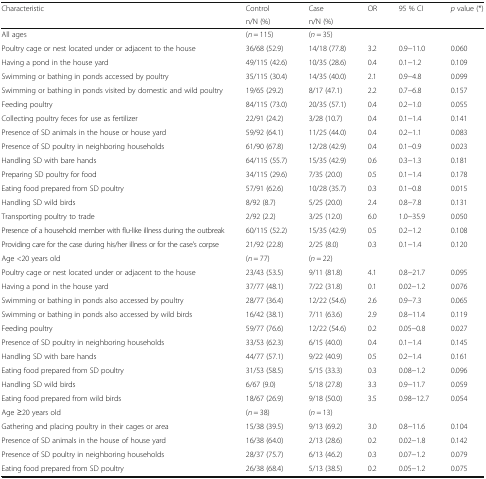
<table><thead><tr><td rowspan="2"><b>Characteristic</b></td><td><b>Control</b></td><td><b>Case</b></td><td rowspan="2"><b>OR</b></td><td rowspan="2"><b>95 % CI</b></td><td rowspan="2"><b><i>p</i> value (*)</b></td></tr><tr><td><b>n/N (%)</b></td><td><b>n/N (%)</b></td></tr></thead><tbody><tr><td>All ages</td><td>(<i>n</i> = 115)</td><td>(<i>n</i> = 35)</td><td></td><td></td><td></td></tr><tr><td>Poultry cage or nest located under or adjacent to the house</td><td>36/68 (52.9)</td><td>14/18 (77.8)</td><td>3.2</td><td>0.9−11.0</td><td>0.060</td></tr><tr><td>Having a pond in the house yard</td><td>49/115 (42.6)</td><td>10/35 (28.6)</td><td>0.4</td><td>0.1−1.2</td><td>0.109</td></tr><tr><td>Swimming or bathing in ponds accessed by poultry</td><td>35/115 (30.4)</td><td>14/35 (40.0)</td><td>2.1</td><td>0.9−4.8</td><td>0.099</td></tr><tr><td>Swimming or bathing in ponds visited by domestic and wild poultry</td><td>19/65 (29.2)</td><td>8/17 (47.1)</td><td>2.2</td><td>0.7−6.8</td><td>0.157</td></tr><tr><td>Feeding poultry</td><td>84/115 (73.0)</td><td>20/35 (57.1)</td><td>0.4</td><td>0.2−1.0</td><td>0.055</td></tr><tr><td>Collecting poultry feces for use as fertilizer</td><td>22/91 (24.2)</td><td>3/28 (10.7)</td><td>0.4</td><td>0.1−1.4</td><td>0.141</td></tr><tr><td>Presence of SD animals in the house or house yard</td><td>59/92 (64.1)</td><td>11/25 (44.0)</td><td>0.4</td><td>0.2−1.1</td><td>0.083</td></tr><tr><td>Presence of SD poultry in neighboring households</td><td>61/90 (67.8)</td><td>12/28 (42.9)</td><td>0.4</td><td>0.1−0.9</td><td>0.023</td></tr><tr><td>Handling SD with bare hands</td><td>64/115 (55.7)</td><td>15/35 (42.9)</td><td>0.6</td><td>0.3−1.3</td><td>0.181</td></tr><tr><td>Preparing SD poultry for food</td><td>34/115 (29.6)</td><td>7/35 (20.0)</td><td>0.5</td><td>0.1−1.4</td><td>0.178</td></tr><tr><td>Eating food prepared from SD poultry</td><td>57/91 (62.6)</td><td>10/28 (35.7)</td><td>0.3</td><td>0.1−0.8</td><td>0.015</td></tr><tr><td>Handling SD wild birds</td><td>8/92 (8.7)</td><td>5/25 (20.0)</td><td>2.4</td><td>0.8−7.8</td><td>0.131</td></tr><tr><td>Transporting poultry to trade</td><td>2/92 (2.2)</td><td>3/25 (12.0)</td><td>6.0</td><td>1.0−35.9</td><td>0.050</td></tr><tr><td>Presence of a household member with flu-like illness during the outbreak</td><td>60/115 (52.2)</td><td>15/35 (42.9)</td><td>0.5</td><td>0.2−1.2</td><td>0.108</td></tr><tr><td>Providing care for the case during his/her illness or for the case&#x27;s corpse</td><td>21/92 (22.8)</td><td>2/25 (8.0)</td><td>0.3</td><td>0.1−1.4</td><td>0.120</td></tr><tr><td>Age &lt;20 years old</td><td>(<i>n</i> = 77)</td><td>(<i>n</i> = 22)</td><td></td><td></td><td></td></tr><tr><td>Poultry cage or nest located under or adjacent to the house</td><td>23/43 (53.5)</td><td>9/11 (81.8)</td><td>4.1</td><td>0.8−21.7</td><td>0.095</td></tr><tr><td>Having a pond in the house yard</td><td>37/77 (48.1)</td><td>7/22 (31.8)</td><td>0.1</td><td>0.02−1.2</td><td>0.076</td></tr><tr><td>Swimming or bathing in ponds also accessed by poultry</td><td>28/77 (36.4)</td><td>12/22 (54.6)</td><td>2.6</td><td>0.9−7.3</td><td>0.065</td></tr><tr><td>Swimming or bathing in ponds also accessed by wild birds</td><td>16/42 (38.1)</td><td>7/11 (63.6)</td><td>2.9</td><td>0.8−11.4</td><td>0.119</td></tr><tr><td>Feeding poultry</td><td>59/77 (76.6)</td><td>12/22 (54.6)</td><td>0.2</td><td>0.05−0.8</td><td>0.027</td></tr><tr><td>Presence of SD poultry in neighboring households</td><td>33/53 (62.3)</td><td>6/15 (40.0)</td><td>0.4</td><td>0.1−1.4</td><td>0.145</td></tr><tr><td>Handling SD with bare hands</td><td>44/77 (57.1)</td><td>9/22 (40.9)</td><td>0.5</td><td>0.2−1.4</td><td>0.161</td></tr><tr><td>Eating food prepared from SD poultry</td><td>31/53 (58.5)</td><td>5/15 (33.3)</td><td>0.3</td><td>0.08−1.2</td><td>0.096</td></tr><tr><td>Handling SD wild birds</td><td>6/67 (9.0)</td><td>5/18 (27.8)</td><td>3.3</td><td>0.9−11.7</td><td>0.059</td></tr><tr><td>Eating food prepared from wild birds</td><td>18/67 (26.9)</td><td>9/18 (50.0)</td><td>3.5</td><td>0.98−12.7</td><td>0.054</td></tr><tr><td>Age ≥20 years old</td><td>(<i>n</i> = 38)</td><td>(<i>n</i> = 13)</td><td></td><td></td><td></td></tr><tr><td>Gathering and placing poultry in their cages or area</td><td>15/38 (39.5)</td><td>9/13 (69.2)</td><td>3.0</td><td>0.8−11.6</td><td>0.104</td></tr><tr><td>Presence of SD animals in the house of house yard</td><td>16/38 (64.0)</td><td>2/13 (28.6)</td><td>0.2</td><td>0.02−1.8</td><td>0.142</td></tr><tr><td>Presence of SD poultry in neighboring households</td><td>28/37 (75.7)</td><td>6/13 (46.2)</td><td>0.3</td><td>0.07−1.2</td><td>0.079</td></tr><tr><td>Eating food prepared from SD poultry</td><td>26/38 (68.4)</td><td>5/13 (38.5)</td><td>0.2</td><td>0.05−1.2</td><td>0.075</td></tr></tbody></table>